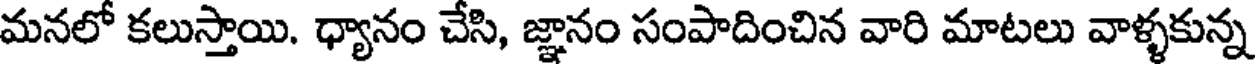
మనలో కలుస్తాయి. ధ్యానం చేసి, జ్ఞానం సంపాదించిన వారి మాటలు వాళ్ళకున్న